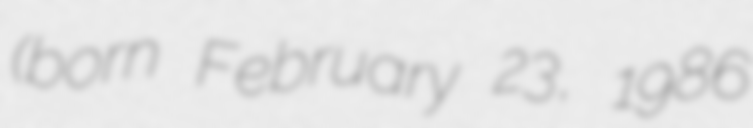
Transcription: (born February 23, 1986